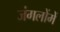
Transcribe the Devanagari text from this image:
जंगलोंमें